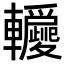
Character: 𨏵